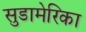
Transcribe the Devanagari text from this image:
सुडामेरिका